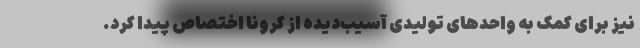
نیز برای کمک به واحدهای تولیدی آسیب‌دیده از کرونا اختصاص پیدا کرد.